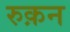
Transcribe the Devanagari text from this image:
रुक़न